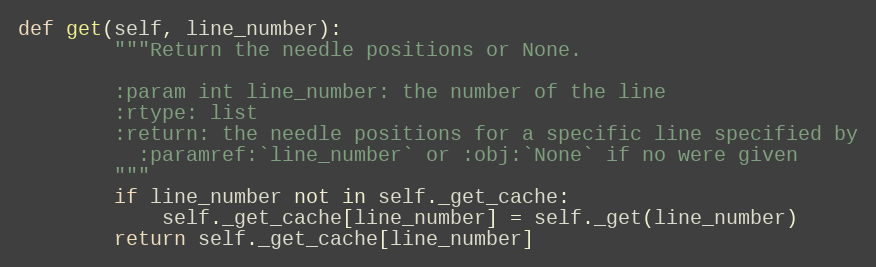
Language: Python
def get(self, line_number):
        """Return the needle positions or None.

        :param int line_number: the number of the line
        :rtype: list
        :return: the needle positions for a specific line specified by
          :paramref:`line_number` or :obj:`None` if no were given
        """
        if line_number not in self._get_cache:
            self._get_cache[line_number] = self._get(line_number)
        return self._get_cache[line_number]